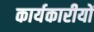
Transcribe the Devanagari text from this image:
कार्यकारीयों